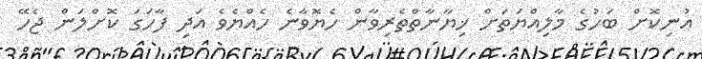
އުނިކޮށް ބަހުގެ މާލިއްޔަތަށް ޚިޔާނާތްތެރިވާން ހެޔޮވާނެ ހެއްޔެވެ އަދި ފާހަގަ ކޮށްލަން ޖެހޭ